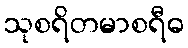
သုစရိတမာစရီဓ